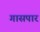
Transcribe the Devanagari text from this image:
गासपार